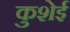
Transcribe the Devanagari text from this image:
कुशेई